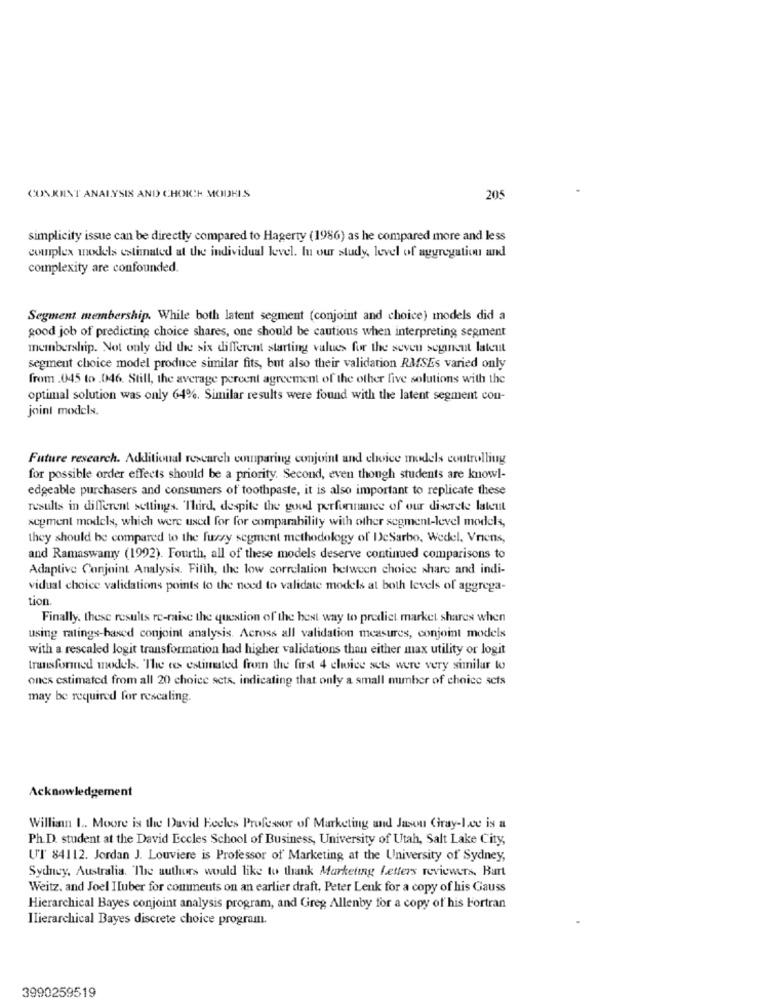
CONKUNT ANALYSIS AND CHOICH MODHIS
205
simplicity issue can be directly compared to Hagerty (1986) as he compared more and less
complex models estimated at the individual level. In our study, level of aggregation and
complexity are confounded.
Segment membership. While both latent segment (conjoint and choice) models did a
good job of predicting choice shares, one should be cautious when interpreting segment
membership. Not only did the six different starting values for the seven segneut lateut
segment choice model produce similar fits, but also their validation RMSEs varied only
from .045 to .046. Still, the average percent agreement of the other five solutions with the
optimal solution was only 64%. Similar results were found with the latent segment con-
joint models.
Future research. Additional rescarch comparing conjoint and choice models controlling
for possible order effects should be a priority. Second, even though students are knowl-
edgeable purchasers and consumers of toothpaste, it is also important to replicate these
results in different settings. "Third, despite the good performance of our diserete latent
segment models, which were used for for comparability with other segment-level models,
they should be compared to the fuzzy segment methodology of DeSarbo, Wedel, Vriens,
and Ramaswamy (1992). Fourth, all of these models deserve continued comparisons to
Adaptive Conjoint Analysis. Fifth, the low correlation between choice share and indi-
vidual choice validations points to the need to validate models at both levels of aggrega-
tion.
Finally, these results re-raise the question of the best way to predict market shares when
using ratings-based conjoint analysis. Across all validation measures, conjoint models
with a rescaled logit transformation had higher validations than either max utility or logit
transformed models. The es estimated from the first 4 choice sets were very similar to
ones estimated from all 20 choice sets, indicating that only a small mumber of choice sets
may be required for rescaling.
Acknowledgement
Willian 1. Moore is the David Heeles Professor of Marketing and Jason Gray-Le is a
Ph.D. student at the David Eccles School of Business, University of Utah, Salt Lake City,
UT 84112. Jordan J. Louviere is Professor of Marketing at the University of Sydney,
Sydney, Australia. The authors would like to thank Marketing Letters reviewers. Burt
Weitz. and Joel Huber for comments on an earlier draft, Peter Leuk for a copy of his Gauss
Hierarchical Bayes conjoint analysis program, and Greg Allenby for a copy of his Fortran
Ilierarchical Bayes discrete choice program.
3990259519